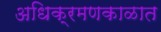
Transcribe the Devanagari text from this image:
अधिक्रमणकाळात